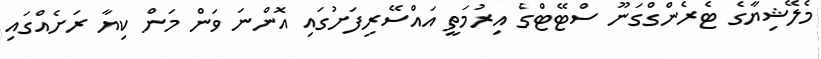
މެލޭޝިޔާގެ ޓެރެންގްގަނޫ ސްޓޭޓްގެ އިރުމަތީ އައްސޭރިފަށުގައި އޮންނަ ވަން މަން ކިޔާ ރަށެއްގައި